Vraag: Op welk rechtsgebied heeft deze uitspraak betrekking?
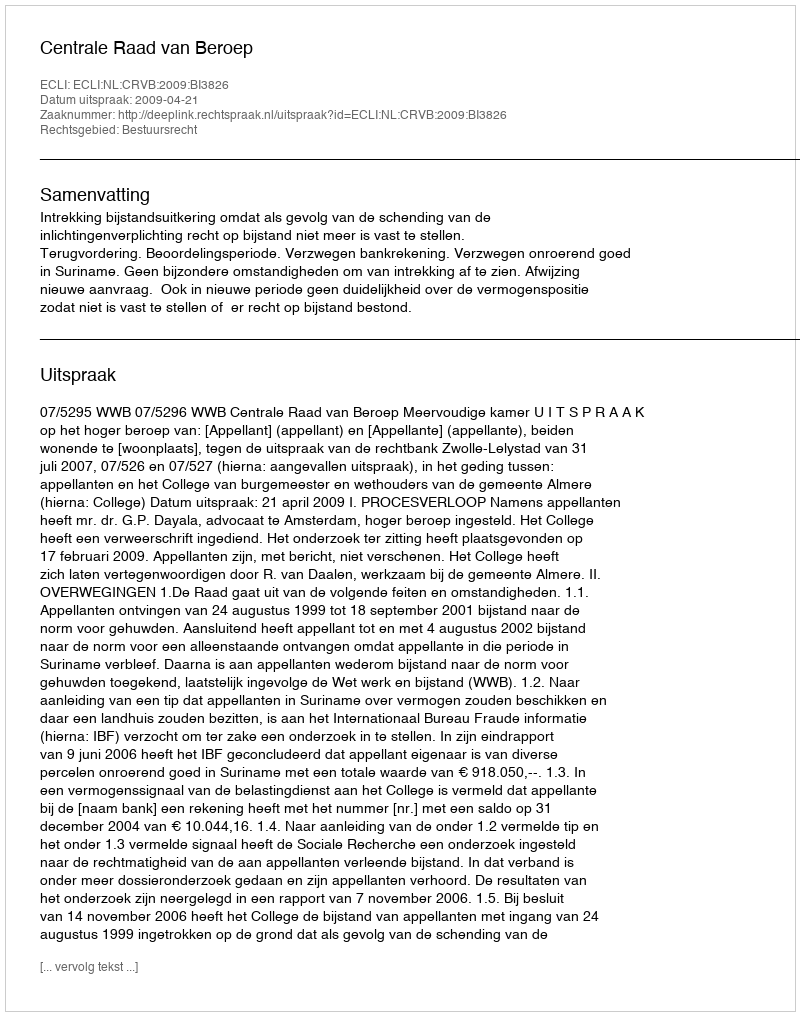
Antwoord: Bestuursrecht